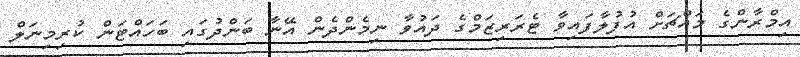
އިމްރާންގެ މައްޗަށް އުފުލާފައިވާ ޓެރަރިޒަމްގެ ދައުވާ ނިމެންދެން އޭނާ ބަންދުގައި ބަހައްޓަން ކުރިމިނަލް